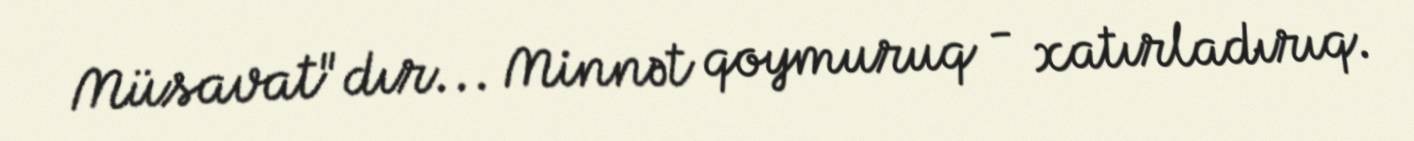
Müsavat"dır... Minnət qoymuruq - xatırladırıq.